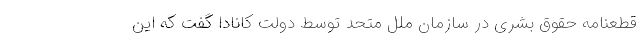
قطعنامه حقوق بشری در سازمان ملل متحد توسط دولت کانادا گفت که این